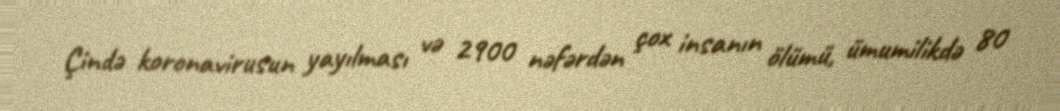
Çində koronavirusun yayılması və 2900 nəfərdən çox insanın ölümü, ümumilikdə 80